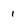
Character: 1